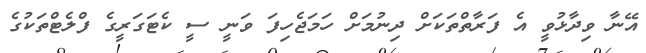
އޭނާ ވިދާޅުވީ އެ ފަރާތްތަކަށް ދިނުމަށް ހަމަޖެހިފަ ވަނީ ސީ ކެޓަގަރީގެ ފްލެޓްތަކުގެ